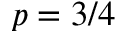
p = 3 / 4